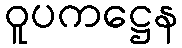
ဝူပကဋ္ဌေန